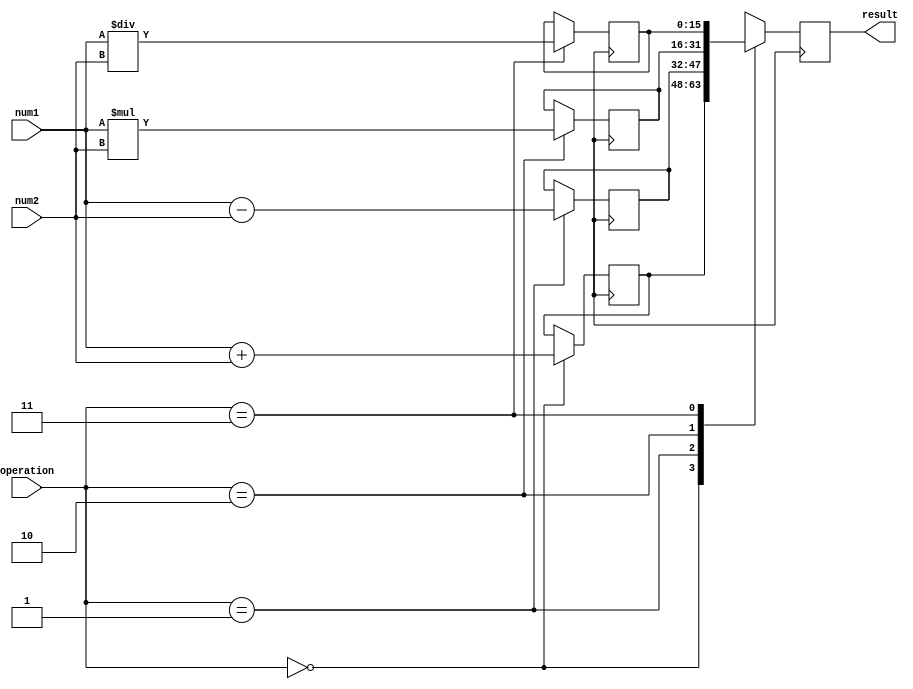
module FloatingPointUnit(
    input wire [15:0] num1,
    input wire [15:0] num2,
    input wire [1:0] operation,
    output reg [15:0] result
);

// Arithmetic blocks
reg [15:0] add_result;
reg [15:0] sub_result;
reg [15:0] mul_result;
reg [15:0] div_result;

// Control unit
always @ (posedge clk) begin
    case(operation)
        2'b00: // Addition
            add_result <= num1 + num2;
        2'b01: // Subtraction
            sub_result <= num1 - num2;
        2'b10: // Multiplication
            mul_result <= num1 * num2;
        2'b11: // Division
            div_result <= num1 / num2;
    endcase
end

// Rounding logic
always @ (posedge clk) begin
    // Include rounding logic here
end

// Output result based on operation
always @ (posedge clk) begin
    case(operation)
        2'b00: // Addition
            result <= add_result;
        2'b01: // Subtraction
            result <= sub_result;
        2'b10: // Multiplication
            result <= mul_result;
        2'b11: // Division
            result <= div_result;
    endcase
end

endmodule